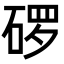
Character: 𬒓